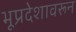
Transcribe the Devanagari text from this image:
भूप्रदेशावरून